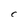
Character: C